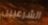
الشرعيين